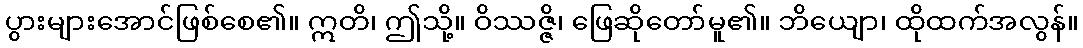
ပွားများအောင်ဖြစ်စေ၏။ ဣတိ၊ ဤသို့။ ဝိဿဇ္ဇိ၊ ဖြေဆိုတော်မူ၏။ ဘိယျော၊ ထိုထက်အလွန်။